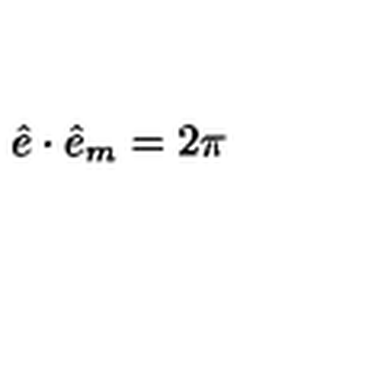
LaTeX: \hat { e } \cdot \hat { e } _ { m } = 2 \pi